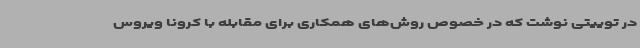
در توییتی نوشت که در خصوص روش‌های همکاری برای مقابله با کرونا ویروس